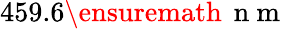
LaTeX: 459.6\ensuremath{\, \mathrm{~n~m~}}